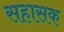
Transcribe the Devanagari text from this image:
सहासक